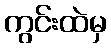
ကွင်းထဲမှ